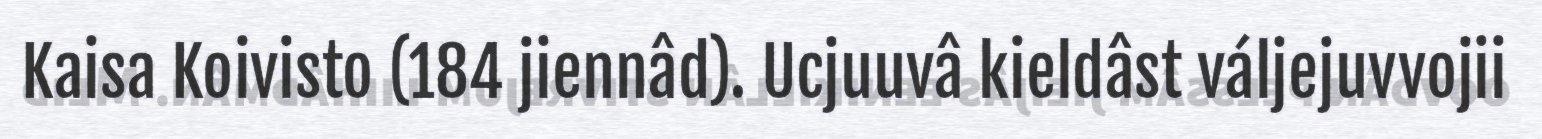
Kaisa Koivisto (184 jiennâd). Ucjuuvâ kieldâst váljejuvvojii